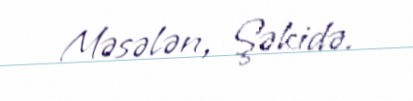
Məsələn, Şəkidə.